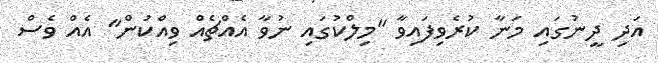
އަދި ދީނުގައި މަނާ ކުރެވިފައިވާ ''މިލްކުގައި ނުވާ އެއްޗެއް ވިއްކުން'' އެއް ވެސް